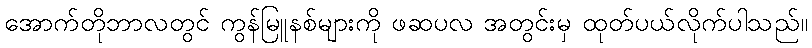
အောက်တိုဘာလတွင် ကွန်မြူနစ်များကို ဖဆပလ အတွင်းမှ ထုတ်ပယ်လိုက်ပါသည်။